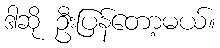
ဒါဆို ဦးပြန်တော့မယ်။